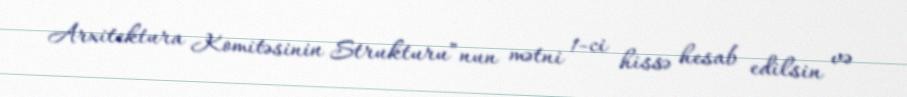
Arxitektura Komitəsinin Strukturu”nun mətni 1-ci hissə hesab edilsin və